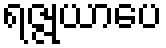
ရဇ္ဇုယာပေ